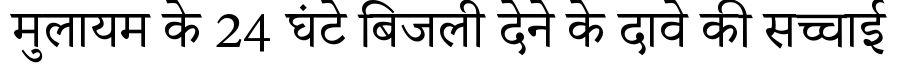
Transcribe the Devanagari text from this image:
मुलायम के 24 घंटे बिजली देने के दावे की सच्चाई